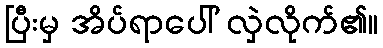
ပြီးမှ အိပ်ရာပေါ် လှဲလိုက်၏။